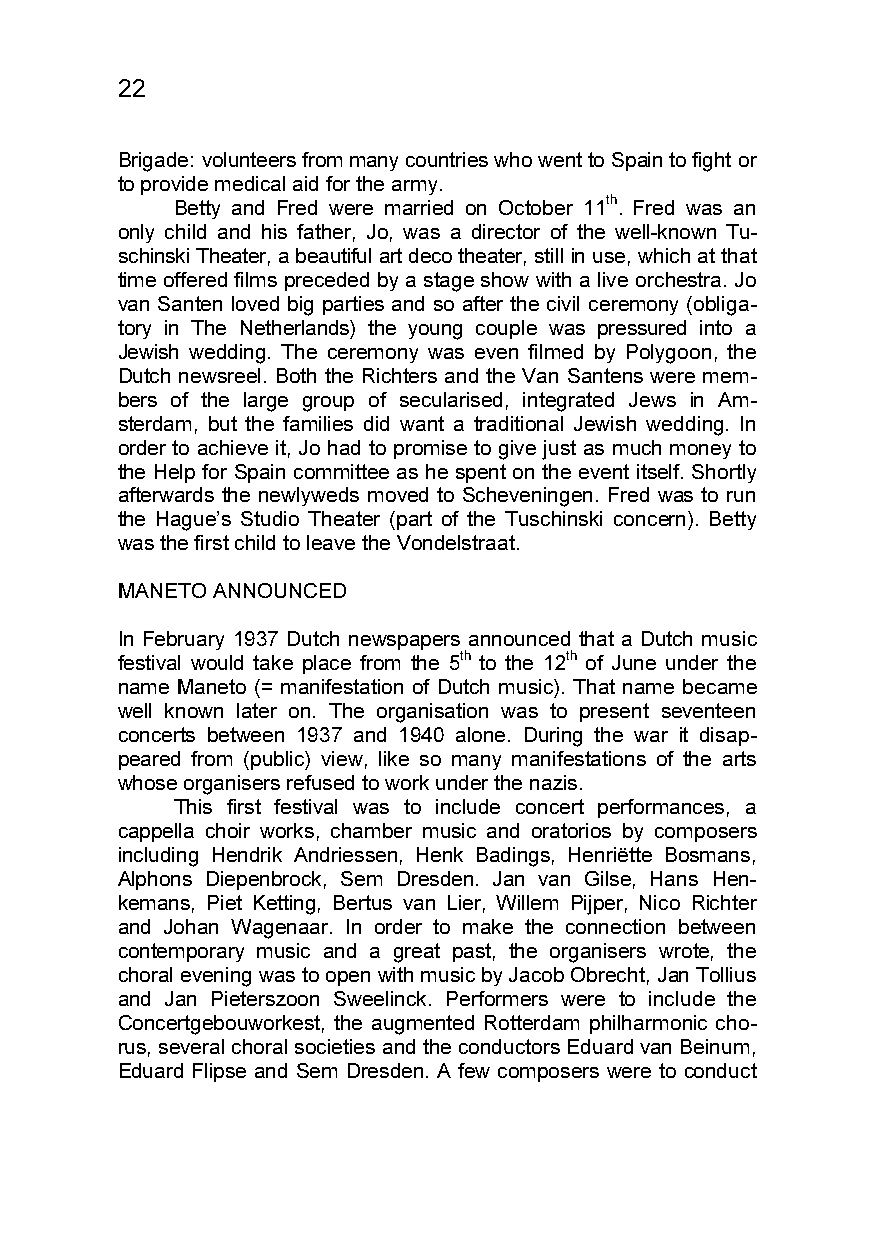
22
 Brigade: volunteers from many countries who went to Spain to fight or
 to provide medical aid for the army.
 Betty and Fred were married on October 11th. Fred was an
 only child and his father, Jo, was a director of the well-known Tu-
 schinski Theater, a beautiful art deco theater, still in use, which at that
 time offered films preceded by a stage show with a live orchestra. Jo
 van Santen loved big parties and so after the civil ceremony (obliga-
 tory in The Netherlands) the young couple was pressured into a
 Jewish wedding. The ceremony was even filmed by Polygoon, the
 Dutch newsreel. Both the Richters and the Van Santens were mem-
 bers of the large group of secularised, integrated Jews in Am-
 sterdam, but the families did want a traditional Jewish wedding. In
 order to achieve it, Jo had to promise to give just as much money to
 the Help for Spain committee as he spent on the event itself. Shortly
 afterwards the newlyweds moved to Scheveningen. Fred was to run
 the Hague’s Studio Theater (part of the Tuschinski concern). Betty
 was the first child to leave the Vondelstraat.
 MANETO ANNOUNCED
 In February 1937 Dutch newspapers announced that a Dutch music
 festival would take place from the 5th to the 12th of June under the
 name Maneto (= manifestation of Dutch music). That name became
 well known later on. The organisation was to present seventeen
 concerts between 1937 and 1940 alone. During the war it disap-
 peared from (public) view, like so many manifestations of the arts
 whose organisers refused to work under the nazis.
 This first festival was to include concert performances, a
 cappella choir works, chamber music and oratorios by composers
 including Hendrik Andriessen, Henk Badings, Henriëtte Bosmans,
 Alphons Diepenbrock, Sem Dresden. Jan van Gilse, Hans Hen-
 kemans, Piet Ketting, Bertus van Lier, Willem Pijper, Nico Richter
 and Johan Wagenaar. In order to make the connection between
 contemporary music and a great past, the organisers wrote, the
 choral evening was to open with music by Jacob Obrecht, Jan Tollius
 and Jan Pieterszoon Sweelinck. Performers were to include the
 Concertgebouworkest, the augmented Rotterdam philharmonic cho-
 rus, several choral societies and the conductors Eduard van Beinum,
 Eduard Flipse and Sem Dresden. A few composers were to conduct